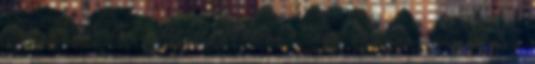
2018-03-04 09:33 Göcsej Galopp – több százan ismerik meg